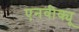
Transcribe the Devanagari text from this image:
एनवीक्यू